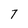
Character: 7